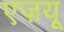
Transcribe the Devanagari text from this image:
एज़यू